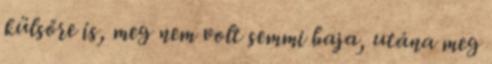
külsőre is, meg nem volt semmi baja, utána meg